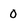
Character: 0